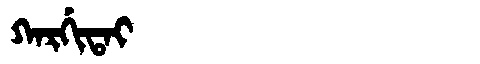
Manchu: ᡴᠠᡵᡤᡳᡨᠠᡳ
Romanization: KARGITAI